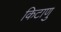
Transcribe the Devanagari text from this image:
किटाणु